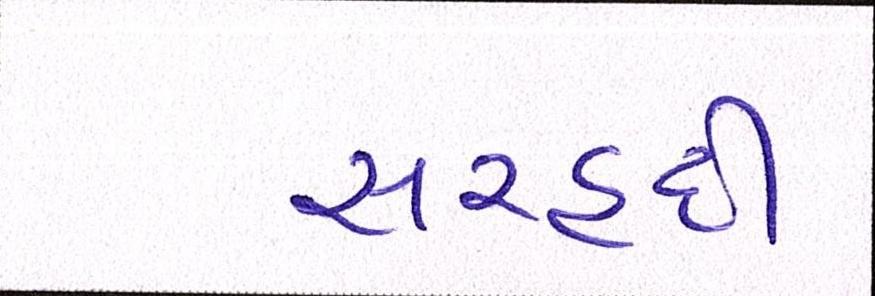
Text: સરહદી